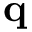
\mathbf { q }